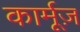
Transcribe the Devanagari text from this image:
कार्मूज़